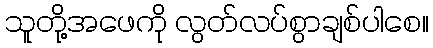
သူတို့အဖေကို လွတ်လပ်စွာချစ်ပါစေ။